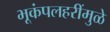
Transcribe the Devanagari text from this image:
भूकंपलहरींमुळे